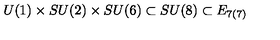
U ( 1 ) \times S U ( 2 ) \times S U ( 6 ) \subset S U ( 8 ) \subset E _ { 7 ( 7 ) }